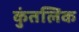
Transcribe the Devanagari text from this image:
कुंतलिक